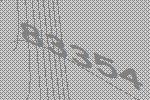
83354